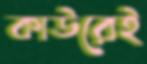
কাউরেই